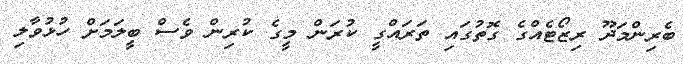
ބެރިންމަދޫ ރިޒޯޓެއްގެ ގޮތުގައި ތަރައްގީ ކުރަން މީގެ ކުރިން ވެސް ބީލަމަށް ހުޅުވާލި